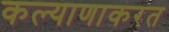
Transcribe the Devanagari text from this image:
कल्याणाकरत